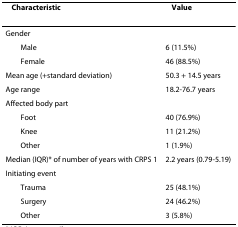
<table><thead><tr><td><b>Characteristic</b></td><td><b>Value</b></td></tr></thead><tbody><tr><td>Gender</td><td></td></tr><tr><td> Male</td><td>6 (11.5%)</td></tr><tr><td> Female</td><td>46 (88.5%)</td></tr><tr><td>Mean age (+standard deviation)</td><td>50.3 + 14.5 years</td></tr><tr><td>Age range</td><td>18.2-76.7 years</td></tr><tr><td>Affected body part</td><td></td></tr><tr><td> Foot</td><td>40 (76.9%)</td></tr><tr><td> Knee</td><td>11 (21.2%)</td></tr><tr><td> Other</td><td>1 (1.9%)</td></tr><tr><td>Median (IQR)* of number of years with CRPS 1</td><td>2.2 years (0.79-5.19)</td></tr><tr><td>Initiating event</td><td></td></tr><tr><td> Trauma</td><td>25 (48.1%)</td></tr><tr><td> Surgery</td><td>24 (46.2%)</td></tr><tr><td> Other</td><td>3 (5.8%)</td></tr></tbody></table>